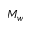
M _ { w }